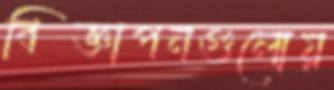
বিজ্ঞাপনগুলোয়